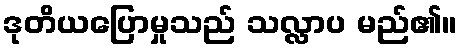
ဒုတိယပြောမှုသည် သလ္လာပ မည်၏။